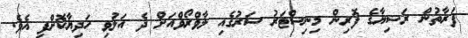
ފަރާތުން ރަޝިޔާގެ ފޮރިން މިނިސްޓަރު ސަރުގެއި ލާވްރޯވްއަށް ދެ އަލުވި ހަދިޔާކޮށްފި އެވެ.